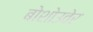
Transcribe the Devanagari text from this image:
बोशोउवेर